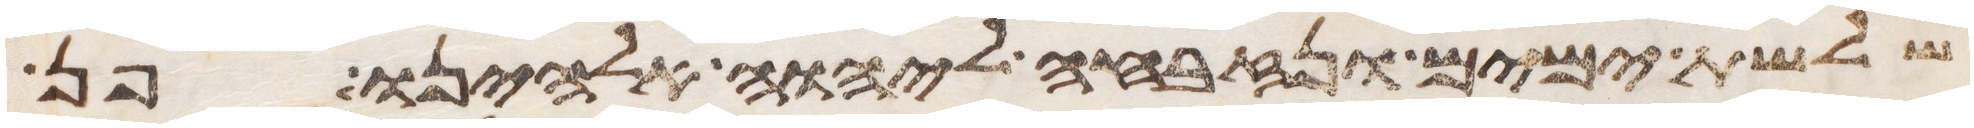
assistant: שלשת ימים ונזבחה ליהוה אלהינו פן